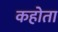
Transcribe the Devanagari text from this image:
कहोता